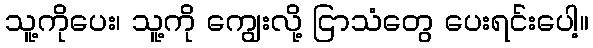
သူ့ကိုပေး၊ သူ့ကို ကျွေးလို့ ငြာသံတွေ ပေးရင်းပေါ့။